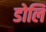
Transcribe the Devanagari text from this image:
डोलि